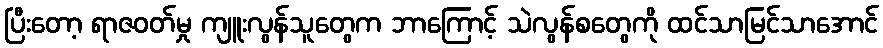
ပြီးတော့ ရာဇဝတ်မှု ကျူးလွန်သူတွေက ဘာကြောင့် သဲလွန်စတွေကို ထင်သာမြင်သာအောင်